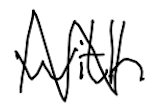
Text: with
Cross-out: zig-zag
Writing tool: digital_black